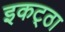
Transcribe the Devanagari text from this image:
इकट्‌ठा